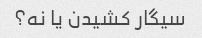
سیگار کشیدن یا نه؟